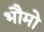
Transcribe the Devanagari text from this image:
भौमो